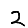
Digit: 2